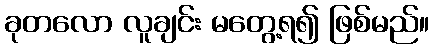
ခုတလော လူချင်း မတွေ့ရ၍ ဖြစ်မည်။